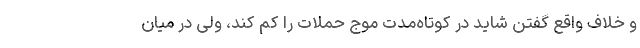
و خلاف واقع گفتن شاید در کوتاه‌مدت موج حملات را کم کند، ولی در میان